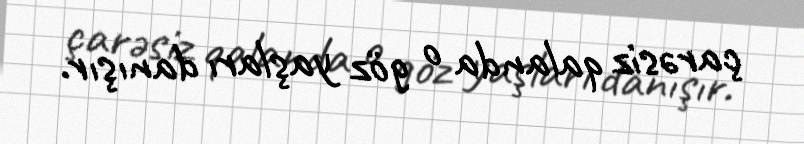
çarəsiz qalanda o göz yaşları danışır.